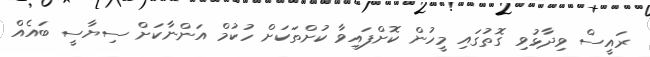
ރައީސް ވިދާޅުވި ގޮތުގައި މީހުން ކޮށްފައިވާ ކުށްތަކަށް ހުކުމް އަންނާކަށް ސިޔާސީ ބައެއް